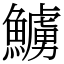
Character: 䲐